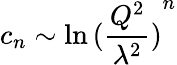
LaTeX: c_{n}\sim\ln{(\frac{Q^{2}}{\lambda^{2}})}^{n}